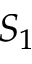
S _ { 1 }